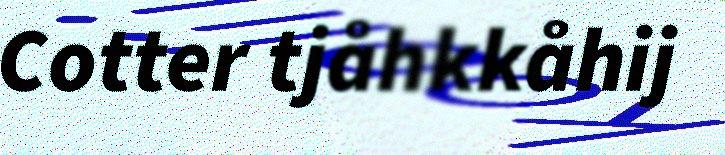
Cotter tjåhkkåhij